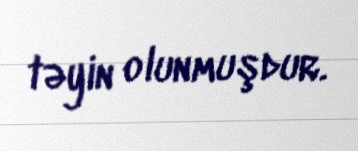
təyin olunmuşdur.